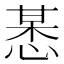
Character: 𢜯